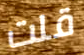
قلت